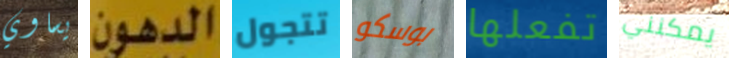
يساوي الدهون تتجول بوسكو تفعلها يمكنني